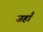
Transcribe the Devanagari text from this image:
ज़हाँ